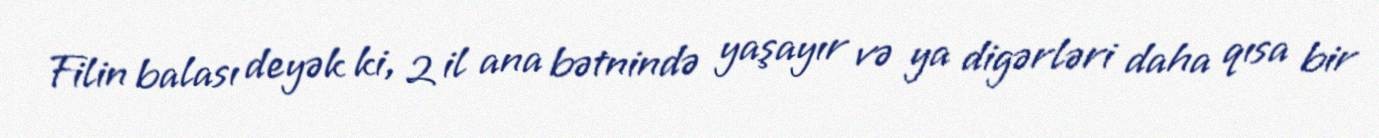
Filin balası deyək ki, 2 il ana bətnində yaşayır və ya digərləri daha qısa bir